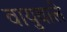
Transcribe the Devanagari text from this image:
वायुवाले